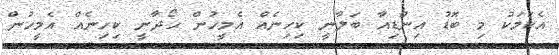
އެކަމަކު މި ބޮޑު އިންޑިއާ ބަލާނީ ކިހިނެއް އެމީހުން ހޯދާނީ ކިހިނެއް އެމީހުން